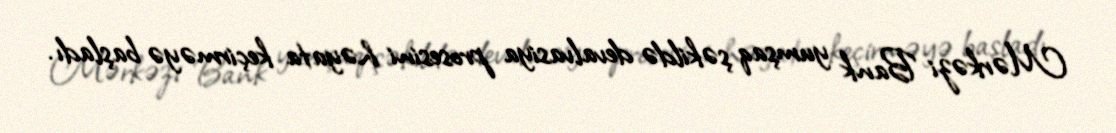
Mərkəzi Bank yumşaq şəkildə devalvasiya prosesini həyata keçirməyə başladı.